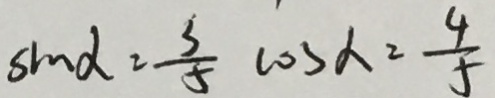
\sin \alpha = \frac { 3 } { 5 } \cos \alpha = \frac { 4 } { 5 }